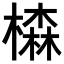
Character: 𣛧